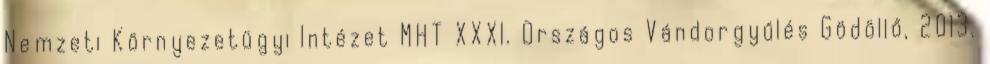
Nemzeti Környezetügyi Intézet MHT XXXI. Országos Vándorgyűlés Gödöllő, 2013.